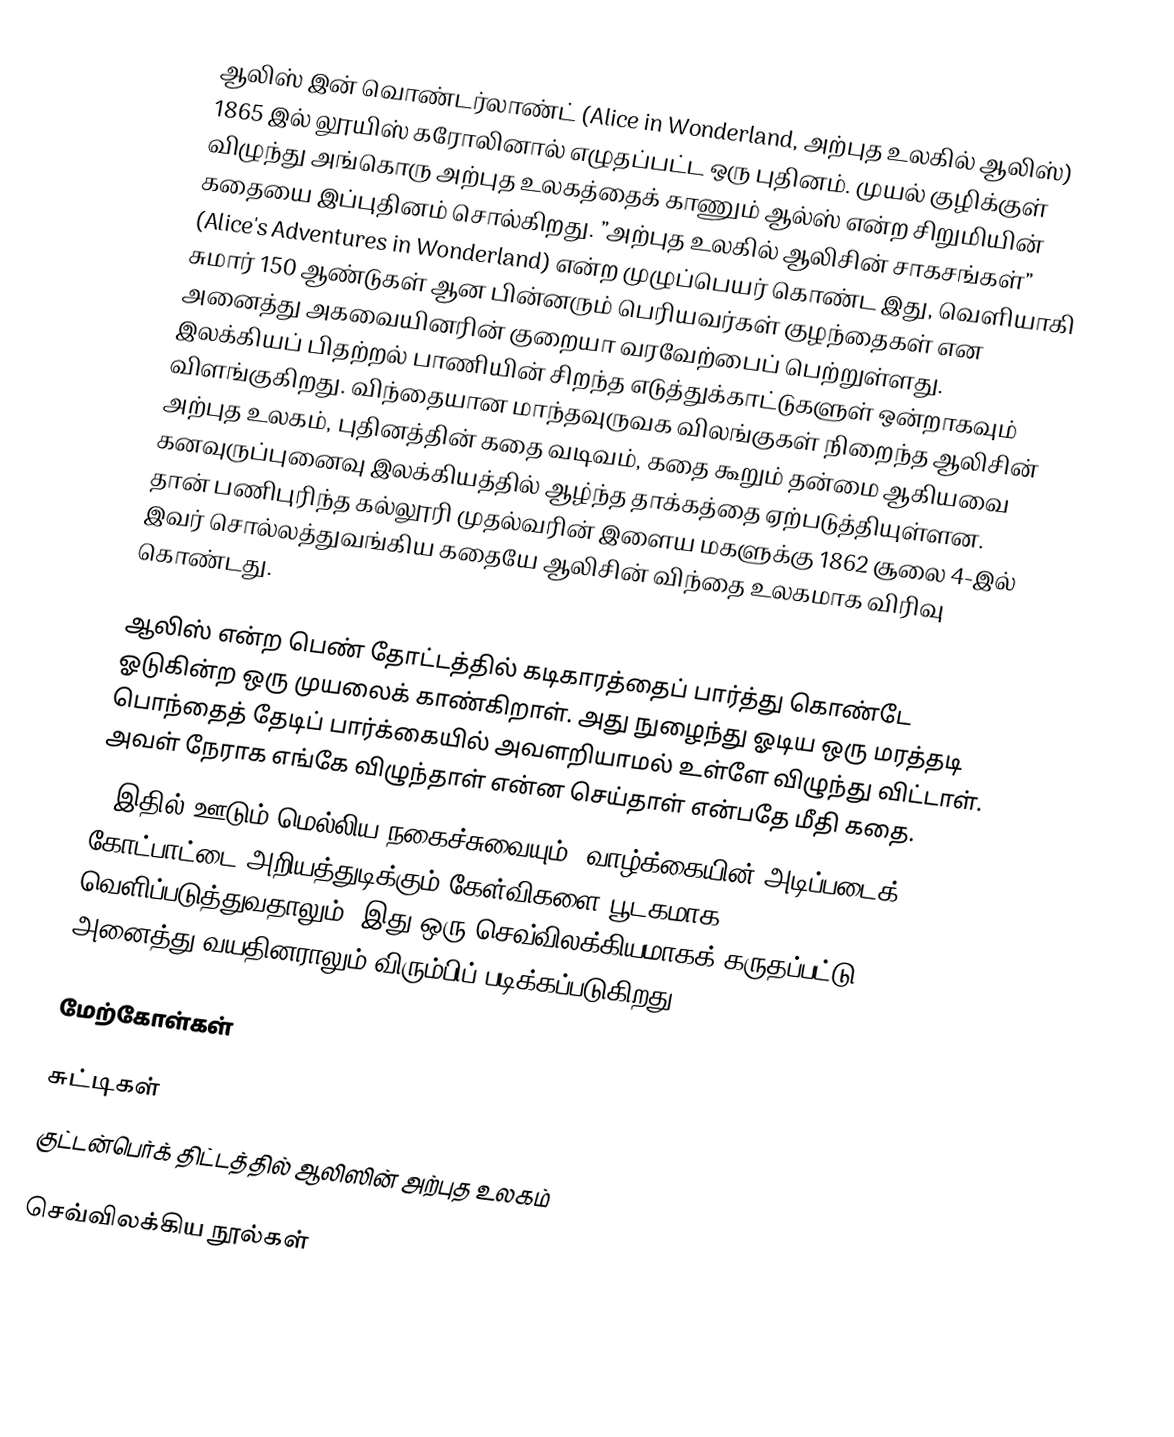
ஆலிஸ் இன் வொண்டர்லாண்ட் (Alice in Wonderland, அற்புத உலகில் ஆலிஸ்) 1865 இல் லூயிஸ் கரோலினால் எழுதப்பட்ட ஒரு புதினம். முயல் குழிக்குள் விழுந்து அங்கொரு அற்புத உலகத்தைக் காணும் ஆல்ஸ் என்ற சிறுமியின் கதையை இப்புதினம் சொல்கிறது. ”அற்புத உலகில் ஆலிசின் சாகசங்கள்” (Alice's Adventures in Wonderland) என்ற முழுப்பெயர் கொண்ட இது, வெளியாகி சுமார் 150 ஆண்டுகள் ஆன பின்னரும் பெரியவர்கள் குழந்தைகள் என அனைத்து அகவையினரின் குறையா வரவேற்பைப் பெற்றுள்ளது. இலக்கியப் பிதற்றல் பாணியின் சிறந்த எடுத்துக்காட்டுகளுள் ஒன்றாகவும் விளங்குகிறது. விந்தையான மாந்தவுருவக விலங்குகள் நிறைந்த ஆலிசின் அற்புத உலகம், புதினத்தின் கதை வடிவம், கதை கூறும் தன்மை ஆகியவை கனவுருப்புனைவு இலக்கியத்தில் ஆழ்ந்த தாக்கத்தை ஏற்படுத்தியுள்ளன. தான் பணிபுரிந்த கல்லூரி முதல்வரின் இளைய மகளுக்கு 1862 சூலை 4-இல் இவர் சொல்லத்துவங்கிய கதையே ஆலிசின் விந்தை உலகமாக விரிவு கொண்டது.

ஆலிஸ் என்ற பெண் தோட்டத்தில் கடிகாரத்தைப் பார்த்து கொண்டே ஓடுகின்ற ஒரு முயலைக் காண்கிறாள். அது நுழைந்து ஓடிய ஒரு மரத்தடி பொந்தைத் தேடிப் பார்க்கையில் அவளறியாமல் உள்ளே விழுந்து விட்டாள். அவள் நேராக எங்கே விழுந்தாள் என்ன செய்தாள் என்பதே மீதி கதை.
. இதில் ஊடும் மெல்லிய நகைச்சுவையும், வாழ்க்கையின் அடிப்படைக் கோட்பாட்டை அறியத்துடிக்கும் கேள்விகளை பூடகமாக வெளிப்படுத்துவதாலும், இது ஒரு செவ்விலக்கியமாகக் கருதப்பட்டு, அனைத்து வயதினராலும் விரும்பிப் படிக்கப்படுகிறது.

மேற்கோள்கள்

சுட்டிகள்
 குட்டன்பெர்க் திட்டத்தில் ஆலிஸின் அற்புத உலகம்

செவ்விலக்கிய நூல்கள்